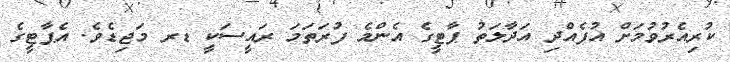
ކުރިއެރުވުމަށް އުފެއްދި އަދާލަތު ޕާޓީގެ އެންމެ ފުރަތަމަ ރައީސަކީ ޑރ މަޖިޑެވެ. އެޕާޓީގެ